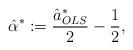
LaTeX: \begin{align*}\hat{\alpha}^* := \frac{\hat{a}_{OLS}^*}{2} - \frac{1}{2}, \end{align*}